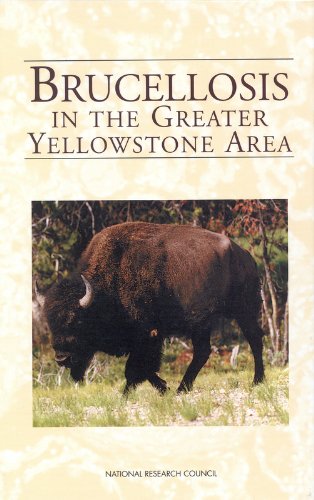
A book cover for Brucellosis in the Greater Yellowstone Area; Lee R. Paulson; Medical Books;